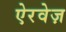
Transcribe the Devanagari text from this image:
ऐरवेज़